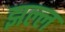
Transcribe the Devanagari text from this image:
झल्ल